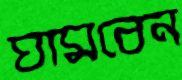
ঘামবেন